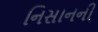
નિસાનની